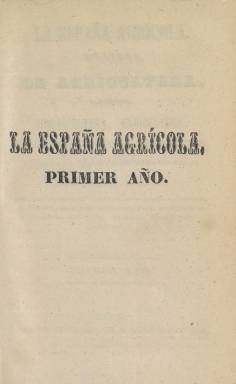
Título: La España agrícola (Madrid. 1843)
Colección: Agricultura y ganadería
Ámbito geográfico: Madrid
Lugar de publicación: Madrid
Fechas: 01/02/1843-31/12/1843

Publicación técnica mensual de 28 páginas que es una rareza en la España de la época, en la que la prensa política doctrinal y partidista dominaba por completo la información y el debate público. Se conserva el primer año de esta revista, los once números de 1843 (salió en febrero), aunque se desconoce si hubo continuidad. Ese año fue especialmente convulso dado que un golpe militar acabó con la regencia de Espartero y proclamó mayor de edad a Isabel II con 13 años.

   El subtítulo de la publicación refleja con claridad la amplitud de materias que abarcaba: ‘revista de agricultura, jardinería, horticultura, arbicultura, economía rural y doméstica, veterinaria, higiene y medicina doméstica’.

   Se trata de una miscelánea de materias con la que el editor, cuyo nombre no aparece en la revista, pretendía divulgar los conocimientos y atraer el mayor número de lectores recopilando información de monografías y de publicaciones periódicas europeas.  No sólo el editor, tampoco el director de La España agrícola aparece por ningún lado, lo que dificulta la investigación sobre la misma. Presumiblemente se trataba de una publicación progubernamental y eso explica que desapareciera con la caída de Espartero.

   En relación con el estado de la agricultura, a la revista no le faltaba optimismo sobre las posibilidades del sector. Así, en un artículo sin firma, se declara: Aunque no consideramos a la agricultura española en un estado tan deplorable ni atrasado como generalmente se supone, sin embargo no podemos menos de confesar que se halla más de lo que debiera esperarse de su terreno feraz, de su benigno clima y de sus grandes medios de exportación de sus productos al extranjero.  Viendo las actuales exportaciones españolas de vino, aceite naranjas y productos hortofrutícolas, no parecen sino premonitorias esas palabras.

   La revista se estructuraba en secciones, cada una dedicada a una materia de las anunciadas en su subtítulo. En el último número puede consultarse un índice, una tabla analítica como lo llama la misma publicación, con todos los artículos publicados a lo largo del año.

   Una de las secciones que más curiosidad puede despertar al lector de hoy es la de Economía Doméstica, donde hay artículos con los siguientes títulos: Lavado y conservación de la ropa blanca; Conservación de los huevos; Papel para destruir las moscas; Suspiros de amor; Cerveza económica…

   Pese a la importancia de la ganadería, los temas veterinarios eran sólo una sección más de publicación. Sólo dos años después, en 1845, nacería el Boletín de Veterinaria, la primera revista dedicada profesionalmente a esta materia.

  La última sección se llamaba ‘Folletín’ y admitía artículos remitidos a La España agrícola sobre alguna de las materias que trataba. En el prospecto aparecido en la Gaceta de Madrid en enero de 1843, la revista dejaba claro que serían publicados siempre que “no ataquen en los más mínimo al sistema de Gobierno establecido y autoridades constituidas”, un indicio más de que su editor estaba relacionado con el Gobierno de Espartero.

[Descripción publicada el 14/02/2019]